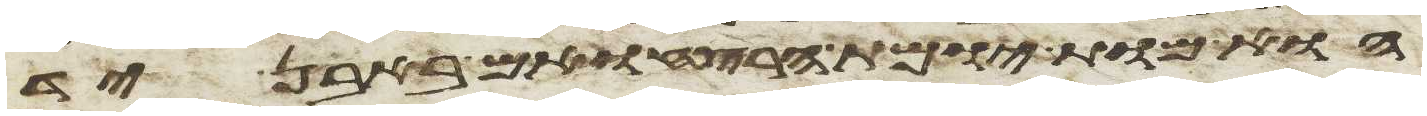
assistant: הוא מות יומת הרצח ואם באבן יד